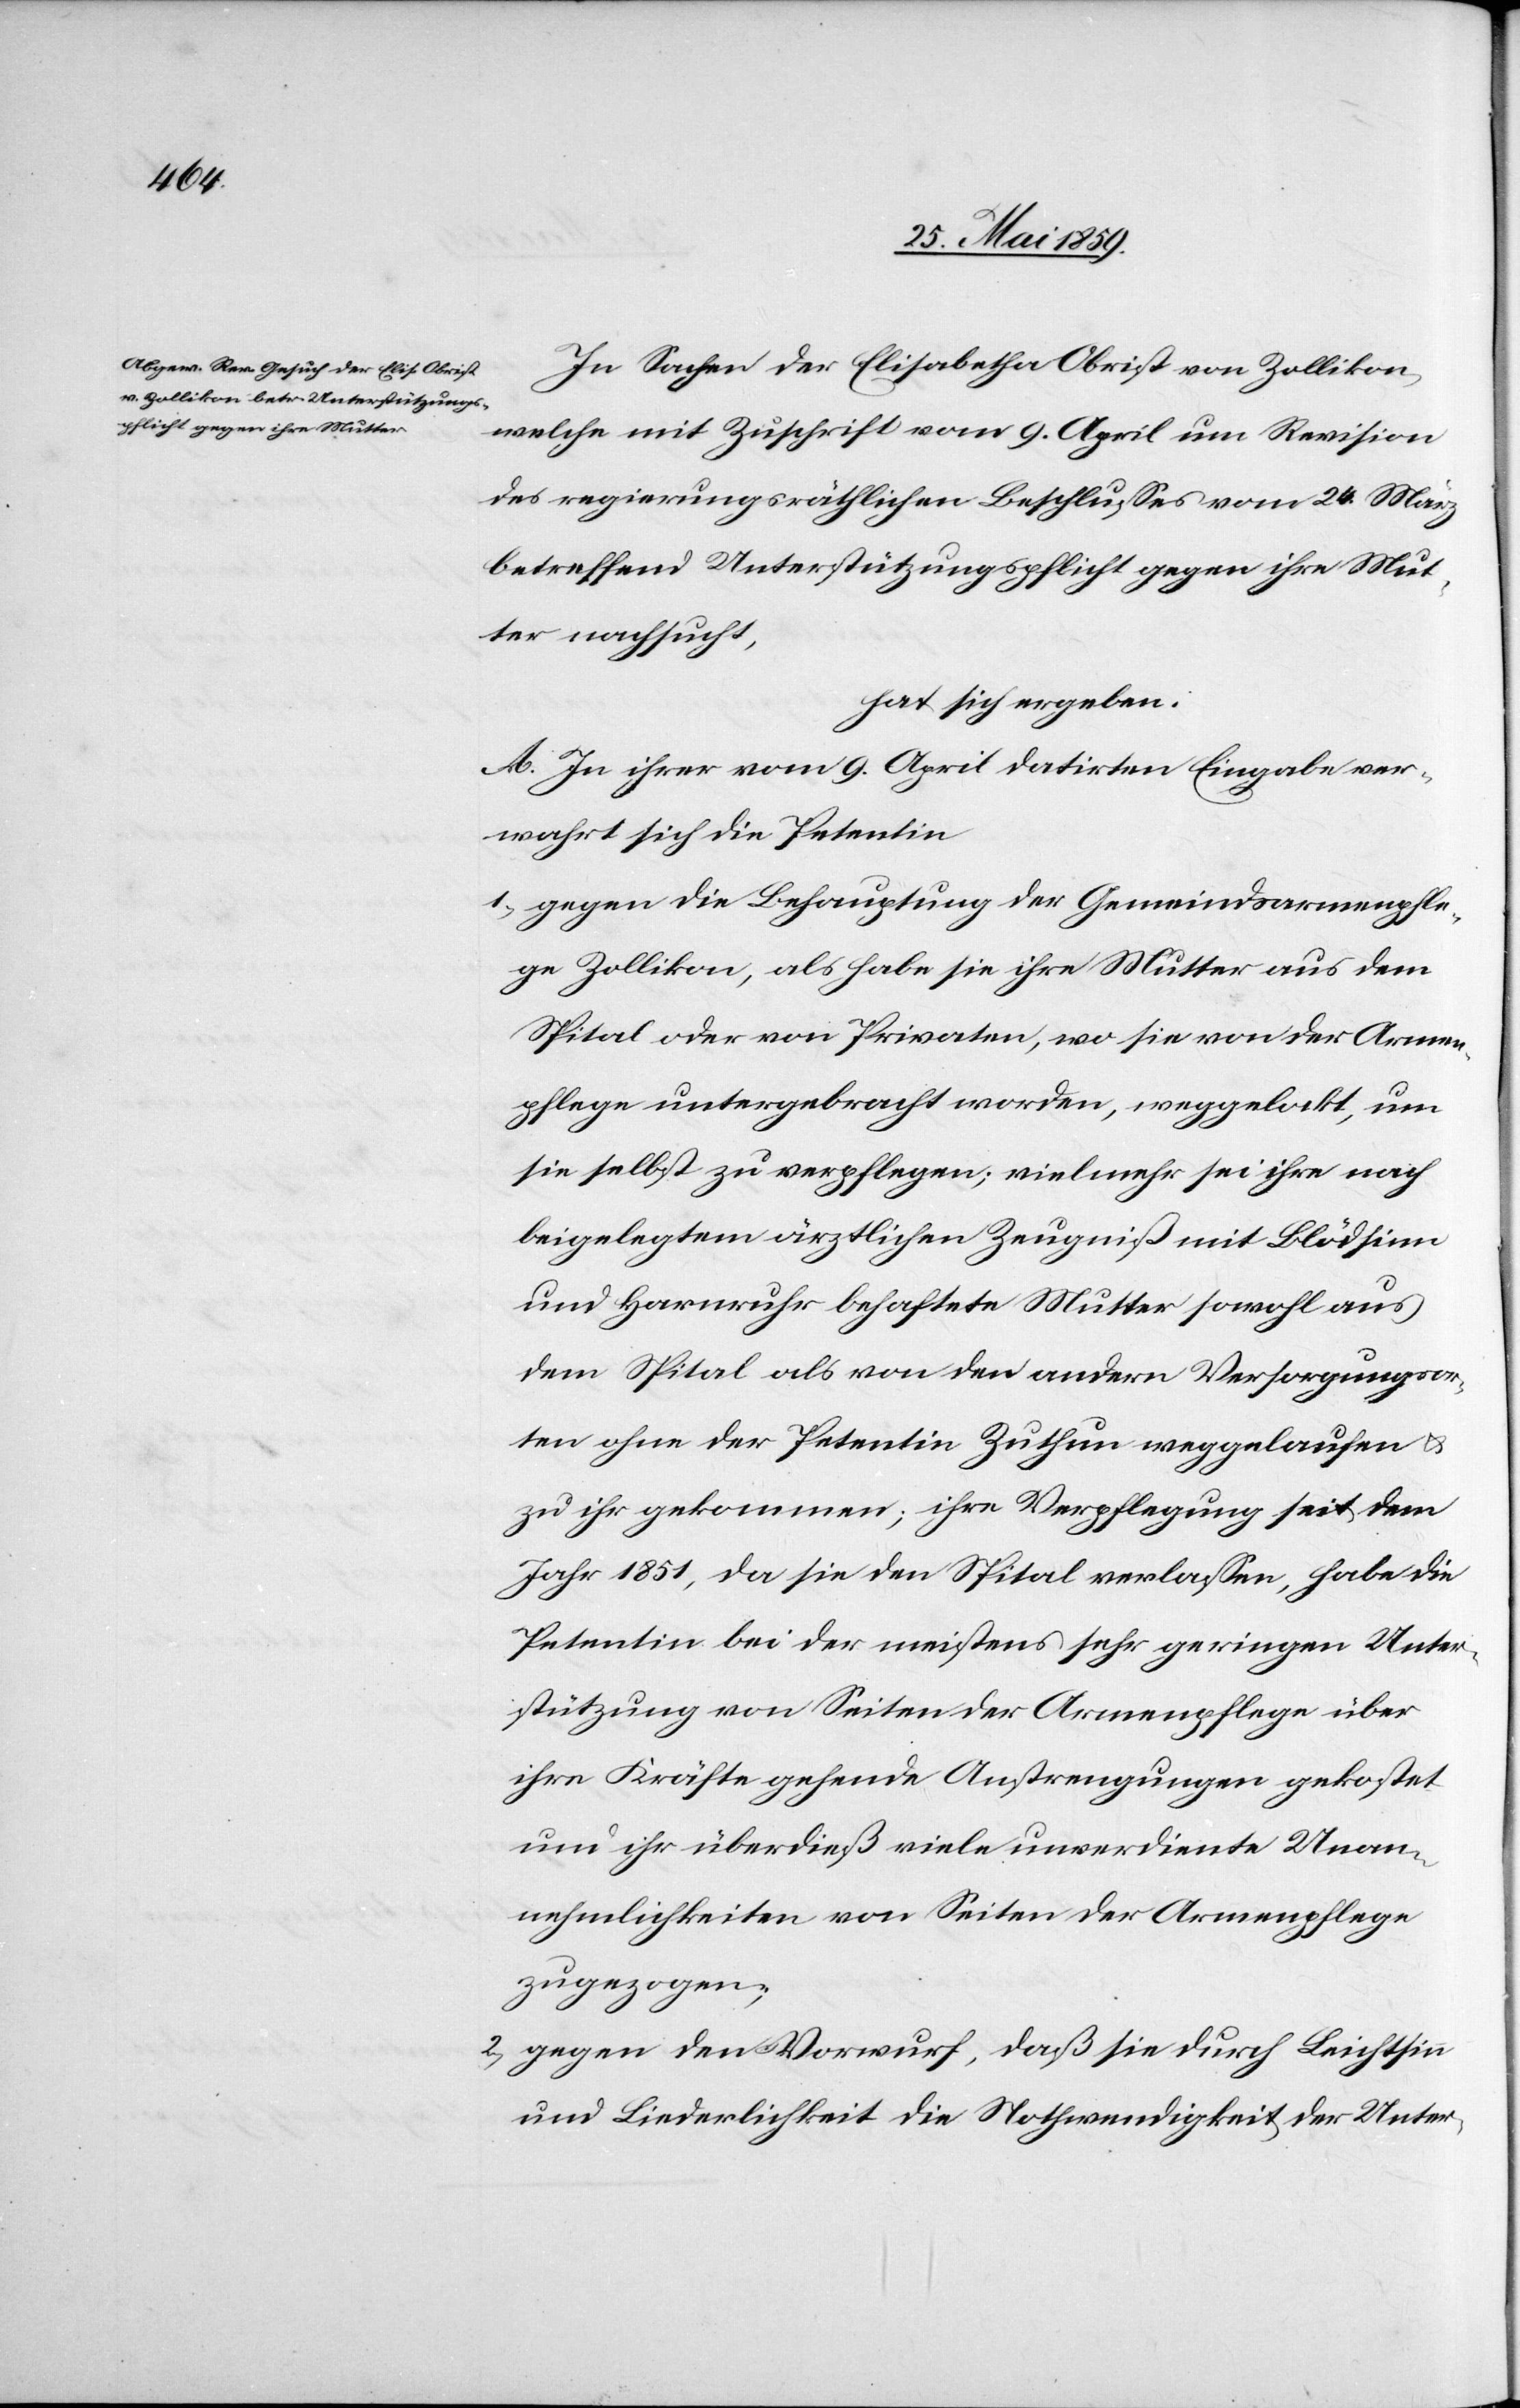
In Sachen der Elisabetha Obrist von Zollikon,
welche mit Zuschrift vom 9. April um Revision
des regierungsräthlichen Beschlusses vom 24. März
betreffend Unterstützungspflicht gegen ihre Mut¬
ter nachsucht,
hat sich ergeben:
A. Zu ihrer vom 9. April datirten Eingabe ver¬
wahrt sich die Petentin
1) gegen die Behauptung der Gemeindsarmenpfle¬
ge Zollikon, als habe sie ihre Mutter aus dem
Spital oder von Privaten, wo sie von der Armen¬
pflege untergebracht worden, weggelockt, um
sie selbst zu verpflegen; vielmehr sei ihre nach
beigelegtem ärztlichen Zeugniß mit Blödsinn
und Harnruhr behaftete Mutter sowohl aus
dem Spital als von den andern Versorgungsor¬
ten ohne der Petentin Zuthun weggelaufen u.
zu ihr gekommen; ihre Verpflegung seit dem
Jahr 1851, da sie den Spital verlassen, habe die
Petentin bei der meistens sehr geringen Unter¬
stützung von Seiten der Armenpflege über
ihre Kräfte gehende Anstrengungen gekostet
und ihr überdieß viele unverdiente Unan¬
nehmlichkeiten von Seiten der Armenpflege
zugezogen;
2) gegen den Vorwurf, daß sie durch Leichtsinn
und Liederlichkeit die Nothwendigkeit der Unter-